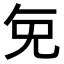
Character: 𭀠